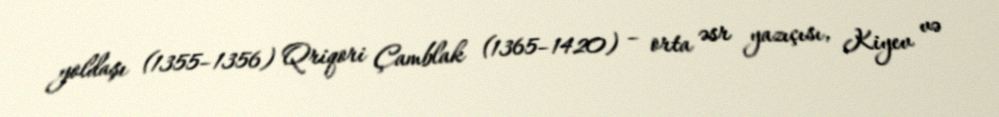
yoldaşı (1355–1356) Qriqori Çamblak (1365–1420) – orta əsr yazıçısı, Kiyev və